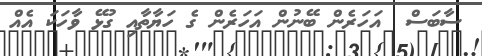
ސާބަސް  އަހަރެން ބޭނުން އަހަރެން ގެ ހަޔާތާއި ގުޅޭ ވާހަކަ އެއް